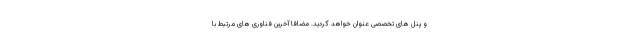
و پنل های تخصصی عنوان خواهد گردید. مضافا آخرین فناوری های مرتبط با